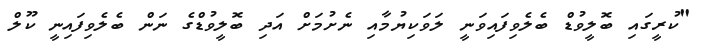
"ކުރީގައި ބޮލީވުޑް ބެލެވިފައިވަނީ ލަވަކިޔުމާއި ނެށުމަށް އަދި ބޮލީވުޑްގެ ނަން ބެލެވިފައިނީ ކޫލް